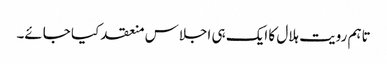
تاہم رویت ہلال کا ایک ہی اجلاس منعقد کیا جائے۔